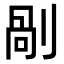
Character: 剮